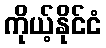
ကိုယ့်နိုင်ငံ